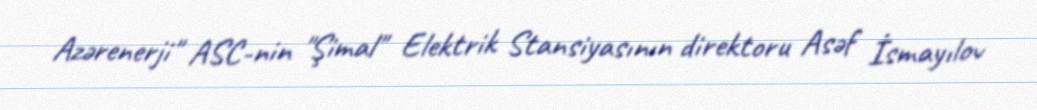
Azərenerji" ASC-nin "Şimal" Elektrik Stansiyasının direktoru Asəf İsmayılov